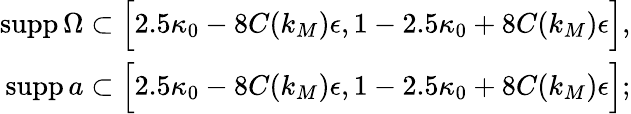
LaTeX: \begin{array}{r}{\mathrm{supp}\, \Omega\subset\Big[2.5\kappa_{0}-8C(k_{M})\epsilon,1-2.5\kappa_{0}+8C(k_{M})\epsilon\Big],}\\ {\mathrm{supp}\, a\subset\Big[2.5\kappa_{0}-8C(k_{M})\epsilon,1-2.5\kappa_{0}+8C(k_{M})\epsilon\Big];}\end{array}